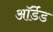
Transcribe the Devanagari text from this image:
ऑर्डेंड